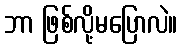
ဘာ ဖြစ်လို့မပြောလဲ။